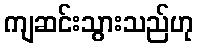
ကျဆင်းသွားသည်ဟု